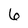
Character: 6